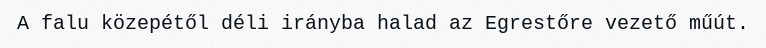
A falu közepétől déli irányba halad az Egrestőre vezető műút.